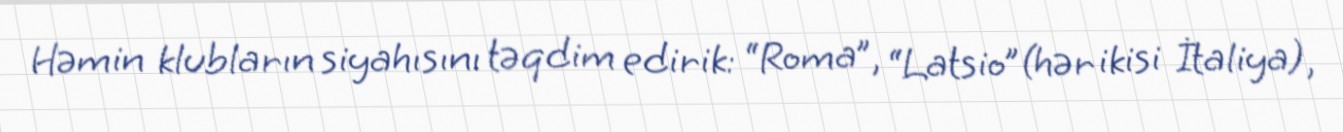
Həmin klubların siyahısını təqdim edirik: “Roma”, “Latsio”(hər ikisi İtaliya),